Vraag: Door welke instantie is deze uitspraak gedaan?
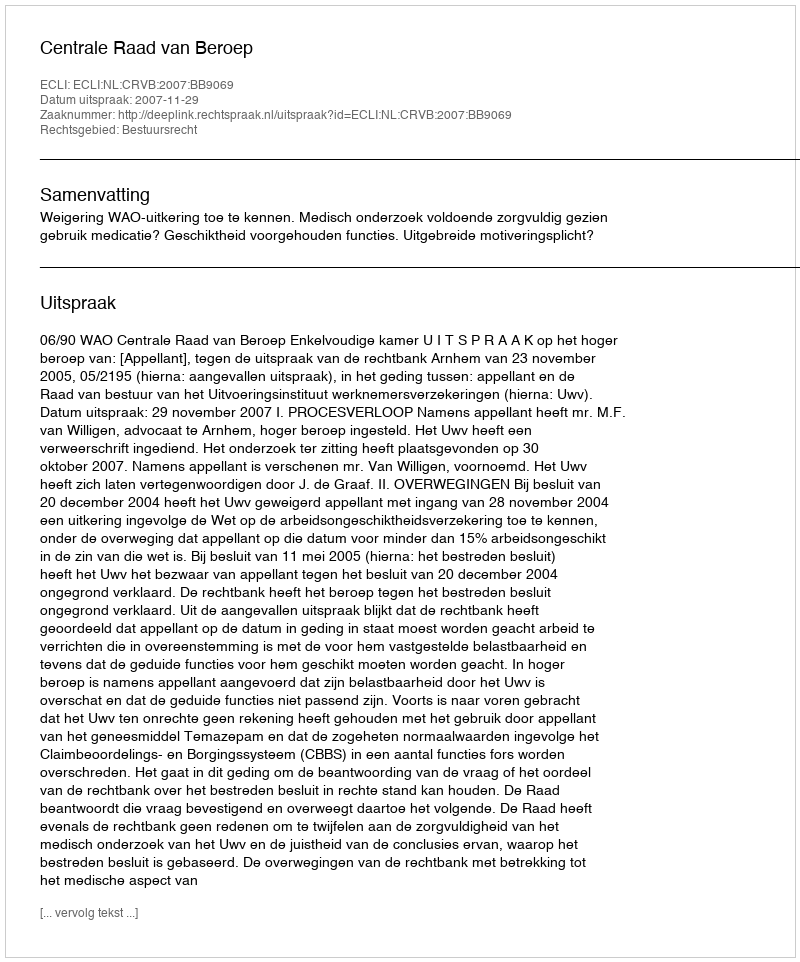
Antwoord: Centrale Raad van Beroep